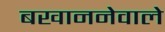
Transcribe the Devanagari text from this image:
बखाननेवाले